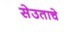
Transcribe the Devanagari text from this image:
सेउताचे